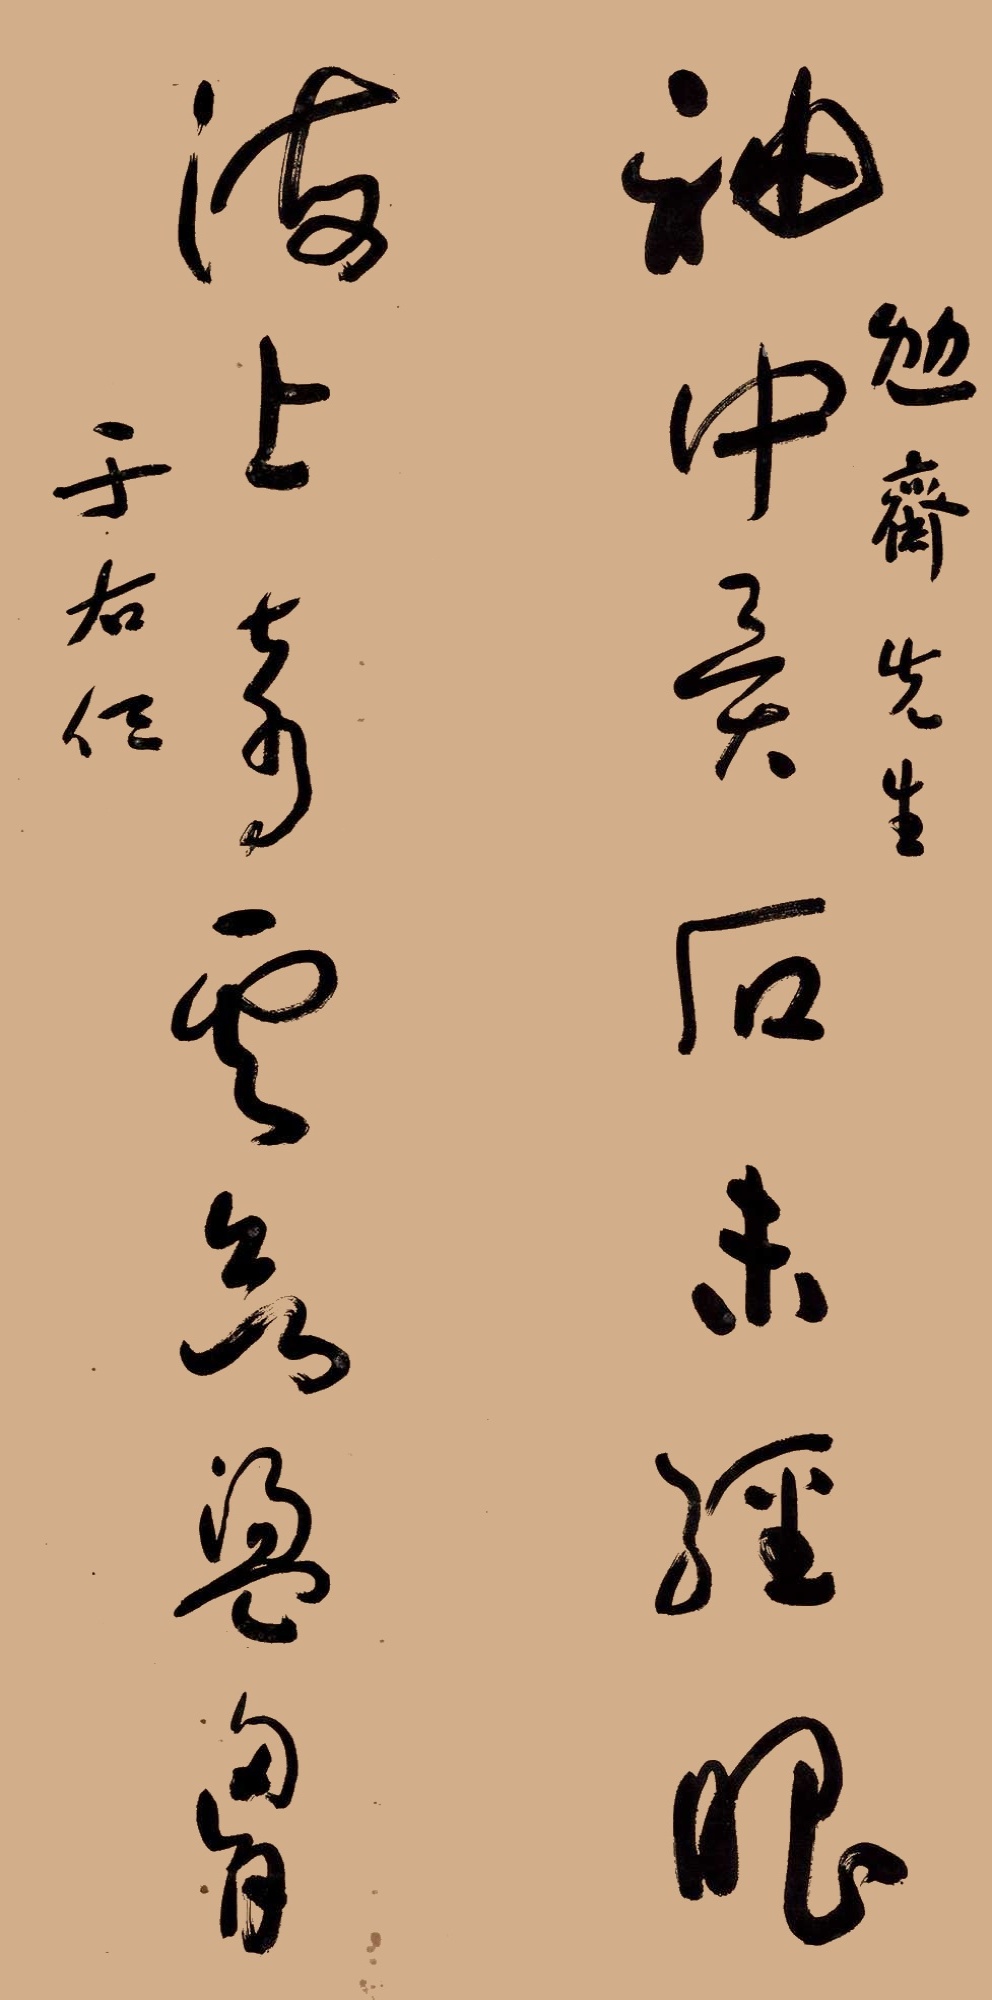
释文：袖中异石未经眼，海上奇云欲荡胸。勉斋先生，于右任。